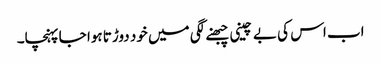
اب اس کی بے چینی چبھنے لگی میں خود دوڑتا ہوا جا پہنچا۔